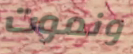
ونموت